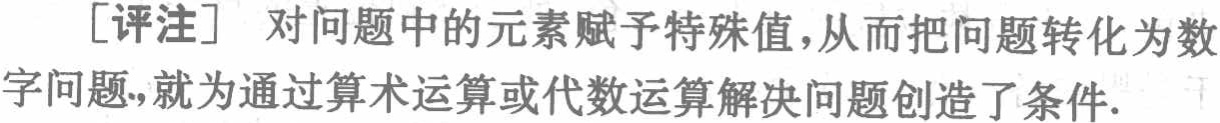
[评注] 对问题中的元素赋予特殊值，从而把问题转化为数字问题，就为通过算术运算或代数运算解决问题创造了条件.